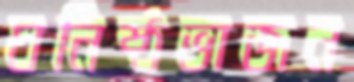
ঘনিষ্ঠভাজন